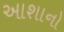
આશાનો